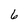
Character: 6